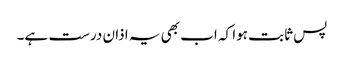
پس ثابت ہوا کہ اب بھی یہ اذان درست ہے۔